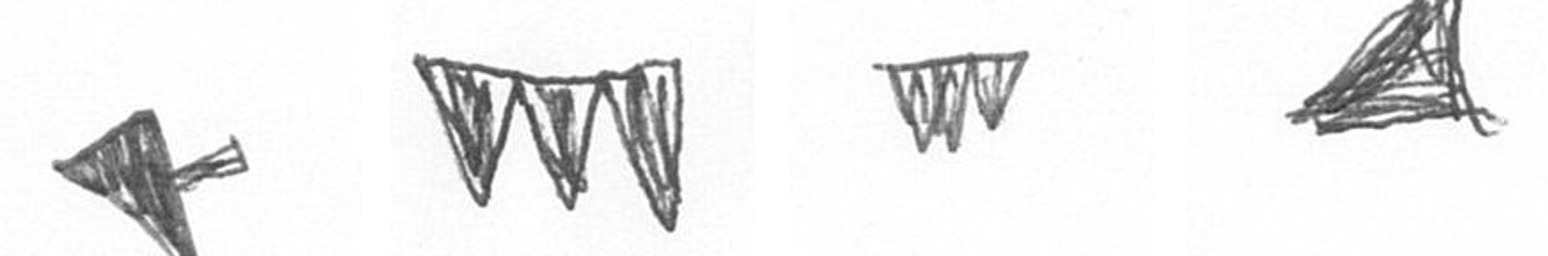
F L L O